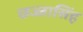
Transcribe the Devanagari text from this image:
छज्जासिंह